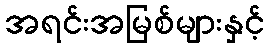
အရင်းအမြစ်များနှင့်